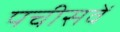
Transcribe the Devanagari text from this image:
पचीसवें